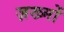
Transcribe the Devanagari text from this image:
ज़ख्‍मों